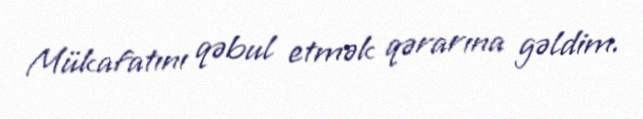
Mükafatını qəbul etmək qərarına gəldim.